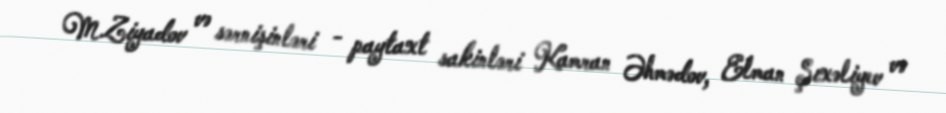
M.Ziyadov və sərnişinləri - paytaxt sakinləri Kamran Əhmədov, Elman Şıxəliyev və